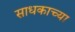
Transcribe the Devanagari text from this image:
साधकाच्या